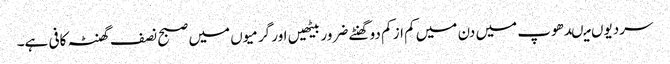
سردیوں میںدھوپ میں دن میں کم از کم دو گھنٹے ضرور بیٹھیں اور گرمیوں میں صبح نصف گھنٹہ کافی ہے۔